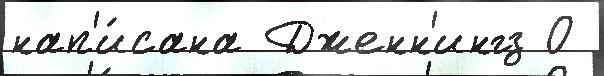
нап'и́сана Дженн'ингз О